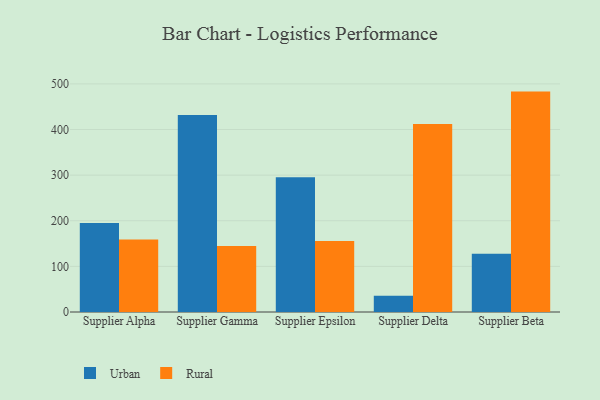
{"axis": {"x": "Supplier", "y": "Revenue (USD Million)"}, "legend": ["Rural", "Urban"], "data": [{"x": "Supplier Alpha", "y": 195.1, "type": "Urban"}, {"x": "Supplier Alpha", "y": 158.9, "type": "Rural"}, {"x": "Supplier Gamma", "y": 431.6, "type": "Urban"}, {"x": "Supplier Gamma", "y": 144.8, "type": "Rural"}, {"x": "Supplier Epsilon", "y": 295.4, "type": "Urban"}, {"x": "Supplier Epsilon", "y": 155.9, "type": "Rural"}, {"x": "Supplier Delta", "y": 35.7, "type": "Urban"}, {"x": "Supplier Delta", "y": 412.2, "type": "Rural"}, {"x": "Supplier Beta", "y": 127.8, "type": "Urban"}, {"x": "Supplier Beta", "y": 483.1, "type": "Rural"}]}